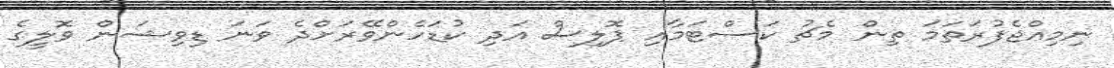
ނިމިއްޖެފުރަތަމަ ތިން މެޗު ކަސްޓަމާއި ޕޮލިސް އަދި ކުޑަހެންވޭރަށްދެ ވަނަ ޑިވިޝަން ވޮލީގެ